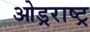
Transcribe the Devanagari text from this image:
ओड्रराष्ट्र